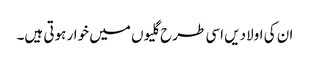
ان کی اولادیں اسی طرح گلیوں میں خوار ہوتی ہیں۔